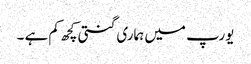
یورپ میں ہماری گنتی کچھ کم ہے ۔